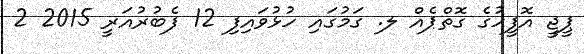
ޕީޖީ އޮފީހުގެ ގޮތްޕެއް ލ. ގަމުގައި ހުޅުވައިފި 12 ފެބުރުއަރީ 2015 2